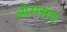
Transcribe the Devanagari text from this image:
ओसमंड